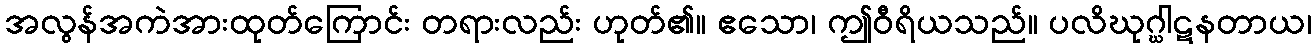
အလွန်အကဲအားထုတ်ကြောင်း တရားလည်း ဟုတ်၏။ ဧသော၊ ဤဝီရိယသည်။ ပလိဃုဂ္ဃါဋနတာယ၊